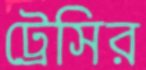
ট্রেসির